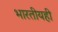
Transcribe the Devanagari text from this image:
भारतीयही